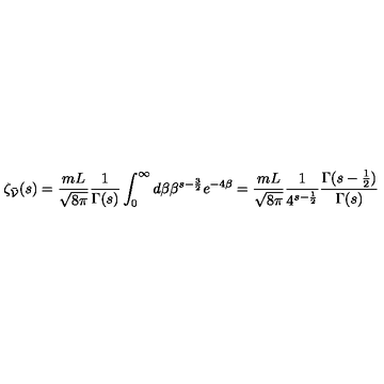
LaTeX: \zeta _ { \bar { \cal V } } ( s ) = \frac { m L } { \sqrt { 8 \pi } } \frac { 1 } { \Gamma ( s ) } \int _ { 0 } ^ { \infty } d \beta \beta ^ { s - \frac { 3 } { 2 } } e ^ { - 4 \beta } = \frac { m L } { \sqrt { 8 \pi } } \frac { 1 } { 4 ^ { s - \frac { 1 } { 2 } } } \frac { \Gamma ( s - \frac { 1 } { 2 } ) } { \Gamma ( s ) }